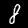
Label: 8